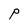
Character: P